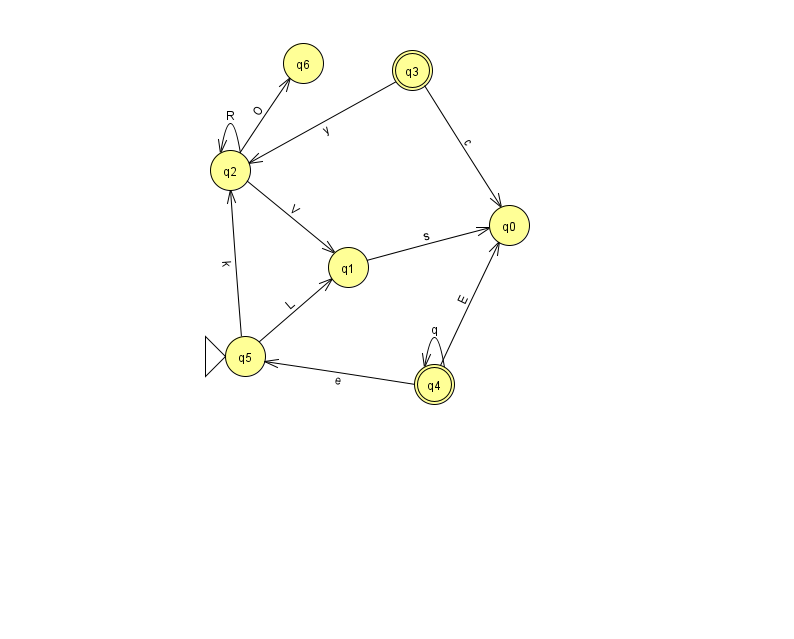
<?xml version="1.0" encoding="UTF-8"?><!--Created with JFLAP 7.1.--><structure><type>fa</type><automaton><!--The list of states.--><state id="0" name="q0"><x>509.0</x><y>212.0</y></state><state id="1" name="q1"><x>348.0</x><y>254.0</y></state><state id="2" name="q2"><x>230.0</x><y>157.0</y></state><state id="3" name="q3"><x>412.0</x><y>57.0</y><final/></state><state id="4" name="q4"><x>434.0</x><y>371.0</y><final/></state><state id="5" name="q5"><x>245.0</x><y>343.0</y><initial/></state><state id="6" name="q6"><x>303.0</x><y>50.0</y></state><!--The list of transitions.--><transition><from>4</from><to>4</to><read>q</read></transition><transition><from>2</from><to>2</to><read>R</read></transition><transition><from>4</from><to>0</to><read>E</read></transition><transition><from>5</from><to>1</to><read>L</read></transition><transition><from>2</from><to>1</to><read>V</read></transition><transition><from>4</from><to>5</to><read>e</read></transition><transition><from>5</from><to>2</to><read>k</read></transition><transition><from>2</from><to>6</to><read>O</read></transition><transition><from>3</from><to>0</to><read>c</read></transition><transition><from>3</from><to>2</to><read>y</read></transition><transition><from>1</from><to>0</to><read>s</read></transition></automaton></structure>